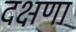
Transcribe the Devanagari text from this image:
दक्षणा